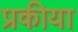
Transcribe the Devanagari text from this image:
प्रकीया